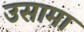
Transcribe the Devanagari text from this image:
उसामा